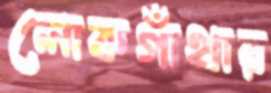
লোকগাঁথার